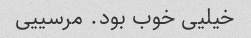
خیلیی خوب بود. مرسییی